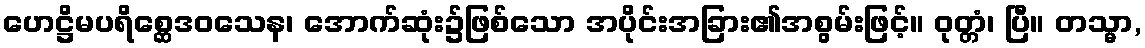
ဟေဋ္ဌိမပရိစ္ဆေဒဝသေန၊ အောက်ဆုံး၌ဖြစ်သော အပိုင်းအခြား၏အစွမ်းဖြင့်။ ဝုတ္တံ၊ ပြီ။ တသ္မာ,